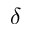
\delta